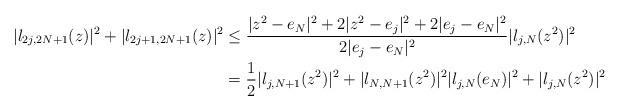
LaTeX: \begin{align*}\vert l_{2j,2N+1}(z)\vert^2+\vert l_{2j+1,2N+1}(z)\vert^2&\le \frac{\vert z^2-e_N\vert^2+2\vert z^2-e_j\vert^2+2\vert e_j-e_N\vert^2}{2\vert e_j-e_N\vert^2}\vert l_{j,N}(z^2)\vert^2\\&=\frac{1}{2}\vert l_{j,N+1}(z^2)\vert^2+\vert l_{N,N+1}(z^2)\vert^2\vert l_{j,N}(e_N)\vert^2+\vert l_{j,N}(z^2)\vert^2\\\end{align*}